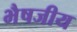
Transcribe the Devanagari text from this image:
भैषजीय